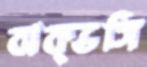
বাক্ভঙ্গি